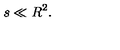
s \ll R ^ { 2 } .